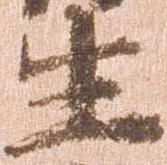
生